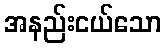
အနည်းငယ်သော